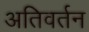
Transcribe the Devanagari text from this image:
अतिवर्तन